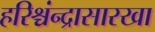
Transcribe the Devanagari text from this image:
हरिश्चंन्द्रासारखा